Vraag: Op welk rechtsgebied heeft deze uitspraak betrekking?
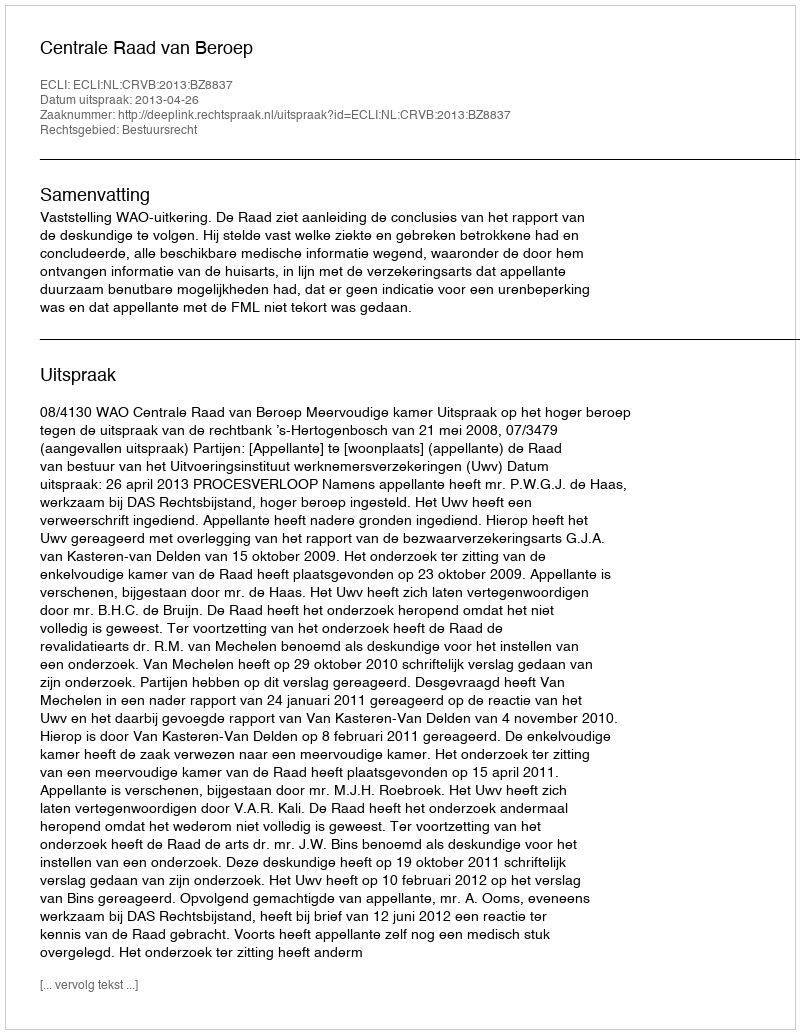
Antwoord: Bestuursrecht